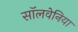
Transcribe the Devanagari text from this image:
सॉलवेनिया